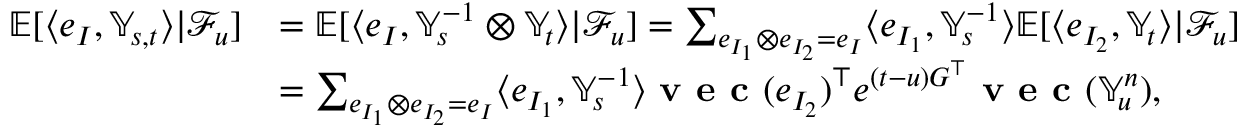
\begin{array} { r l } { { \mathbb E } [ \langle e _ { I } , { \mathbb Y } _ { s , t } \rangle | { \mathcal F } _ { u } ] } & { = { \mathbb E } [ \langle e _ { I } , { \mathbb Y } _ { s } ^ { - 1 } \otimes { \mathbb Y } _ { t } \rangle | { \mathcal F } _ { u } ] = \sum _ { e _ { I _ { 1 } } \otimes e _ { I _ { 2 } } = e _ { I } } \langle e _ { I _ { 1 } } , { \mathbb Y } _ { s } ^ { - 1 } \rangle { \mathbb E } [ \langle e _ { I _ { 2 } } , { \mathbb Y } _ { t } \rangle | { \mathcal F } _ { u } ] } \\ & { = \sum _ { e _ { I _ { 1 } } \otimes e _ { I _ { 2 } } = e _ { I } } \langle e _ { I _ { 1 } } , { \mathbb Y } _ { s } ^ { - 1 } \rangle { \textup { \bf v e c } } ( e _ { I _ { 2 } } ) ^ { \top } e ^ { ( t - u ) G ^ { \top } } { \textup { \bf v e c } } ( { { \mathbb Y } } _ { u } ^ { n } ) , } \end{array}